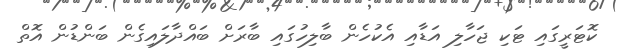
ކޮޓަރީގައި ޓަކި ޖަހާލި އަޑާއި އެކުހެން ބާލިހުގައި ބާރަށް ބައްދާލައިގެން ބަންޑުން އޮތް